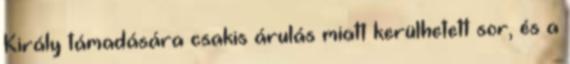
Király támadására csakis árulás miatt kerülhetett sor, és a